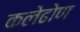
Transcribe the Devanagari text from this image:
कलेढोण